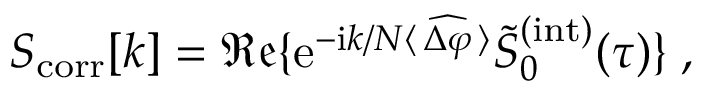
S _ { \mathrm { c o r r } } [ k ] = \mathfrak { R e } \{ \mathrm { e } ^ { - \mathrm { i } k / N \langle \, \widehat { \Delta \varphi } \, \rangle } \widetilde { S } _ { 0 } ^ { ( \mathrm { i n t } ) } ( \tau ) \} \; ,